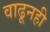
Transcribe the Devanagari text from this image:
वाढूनही